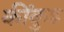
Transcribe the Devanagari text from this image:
कींकुड